Statistical return of the lunatic asylum in Assam - 1912-1932
Year: 1912
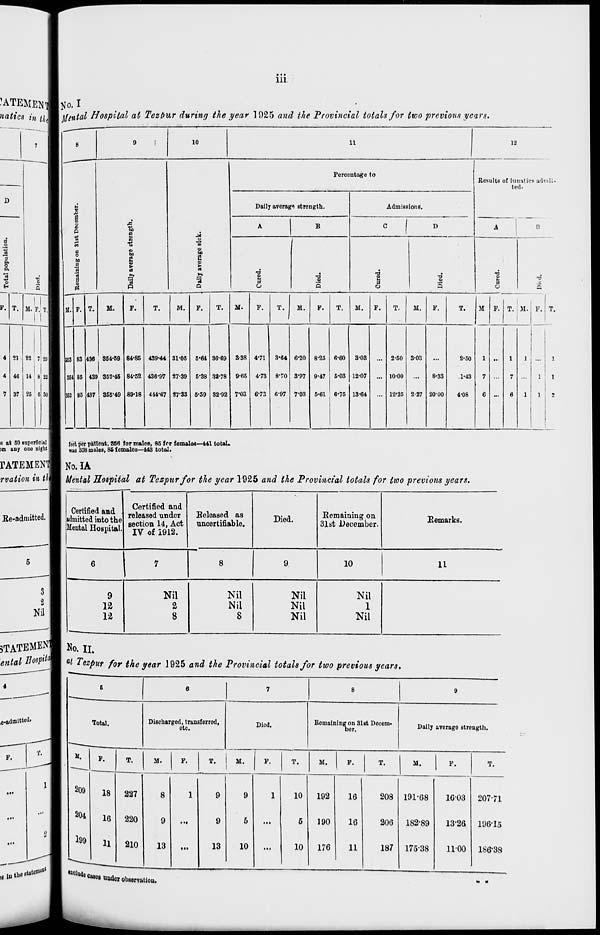
Ill
■ATEMENTBJJO.1
natics in ujm hfental Hospital at Tezfiur during the year 1925 and the Provincial totals for two previous years.
10
li
12
p
a o
to
a
!§ "a
0
If.
22 , 7 29 HI 353
854
352
1
60
I
i
M.
430 354-59
439 352-45
437 355*49
84-85
84-52
S9-18
bo
a
a
•a
a
M.
Percentage to
Daily average strength.
B
a
O
Admissions.
D
T.
439-44
430-97
444-87
31-05
27-39
27*33
5*04
5-38
5-59
30-09
32-78
32-92
M.
F.
T.
M.
M.
F.
3-38
9-05
7-03
4-71
4-73
6-73
3-04
8-70
697
6-20
3-97
7-03
8-25
9-47
5-01 I
o-eo
5-03
0-75
3-03
12-07
13-04
T.
M.
2-50 3-03
10-00
12'25
8-33
2000
Results of lunatics admit-
ted*
T.
M
T. ; M. I F.
2-50
.1-43
4-08
s at 50 superficial
>n any one eight
[pot per patient. 850 for males, 85 for female*—441 total.
was 358 males, 85 females—443 total.
No.IA
Mental Hospital at Tezpur for the year 1925 and the Provincial totals for two previous years.
Certified and
admitted into the
Mental Hospital.
Certified and
released under
section 14, Act
IV of 1912.
Released as
uncertifiable.
Died.
Remaining on
31st December.
Remarks.
6
7
8
9
10
11
9
12
12
Nil
2
8
Nil
Nil
8
Nil
Nil
Nil
Nil
1
Nil
STATEMENT No. n.
ental But* \ at Tezpur for the year 1925 and the Provincial totals for two previous years.
6
6
7
8
9
Total.
Discharged, transferred,
etc.
Died.
Remaining on 31st Docem-
ber.
Daily average strength.
M.
F.
T.
M.
F.
T.
M.
F.
T.
M.
F.
T.
M.
F.
T.
209
18
227
8
1
9
9
1
10
192
16
208 191-68
16-03 207-71
204
16
220
9
• ••
9
5
...
5
190
16
206 182-89
13-26 196-15
199
U 210
13
...
13
10
...
10
176
11
187 17538
11-00 186-38
delude owes u n d w observation.